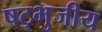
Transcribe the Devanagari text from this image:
षट्भुजीय